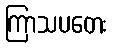
ကြာသပတေး